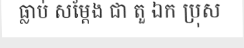
ធ្លាប់ សម្តែង ជា តួ ឯក ប្រុស